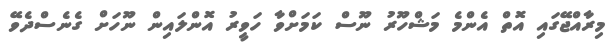
މިރާއްޖޭގައި އޮތް އެންމެ މަޝްހޫރު ނޫސް ކަމަށްވާ ހަވީރު އޮންލައިން ނޫހަށް ގެނެސްދެވޭ